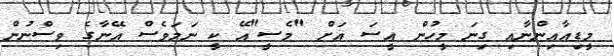
މީޑިއާއިންނާއި ގިނަ މީހުން އީސަ އަށް "މެސީ"އޭ ކީ ނަމަވެސް އޭނާގެ ވިސްނުން